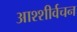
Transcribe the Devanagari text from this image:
आश्शीर्वचन